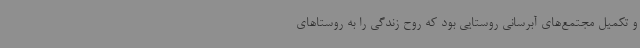
و تکمیل مجتمع‌های آبرسانی روستایی بود که روح زندگی را به روستاهای